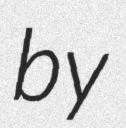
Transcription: by